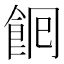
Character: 𮨺